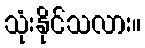
သုံးနိုင်သလား။